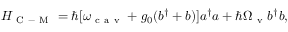
H _ { \mathrm { ~ C ~ - ~ M ~ } } = \hbar [ \omega _ { \mathrm { ~ c ~ a ~ v ~ } } + { g _ { 0 } } ( b ^ { \dagger } + b ) ] a ^ { \dagger } a + \hbar \Omega _ { \mathrm { ~ v ~ } } b ^ { \dagger } b ,